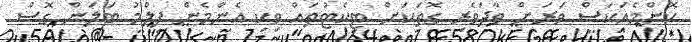
ކޮންމެއަކަސް ވަރަށް ވާދަވެރި ގޮތަކަށް ޓިކެޓުތައް ވިކި އެންމެން ފިލްމު ބަލަން ގޮސް